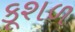
કૂશળ